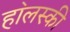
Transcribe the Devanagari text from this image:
हा॓लस्की